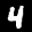
Label: 4